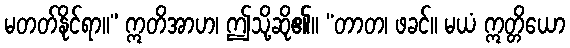
မတတ်နိုင်ရာ။” ဣတိအာဟ၊ ဤသို့ဆို၏။ “တာတ၊ ဖခင်။ မယံ ဣတ္တိယော